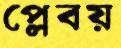
প্লেবয়